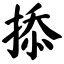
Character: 掭